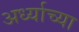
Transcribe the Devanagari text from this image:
अर्ध्याच्या